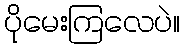
ပိုမေးကြလေပဲ။